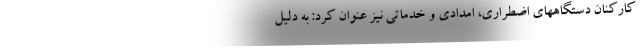
کارکنان دستگاههای اضطراری، امدادی و خدماتی نیز عنوان کرد: به دلیل